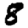
Digit: 8